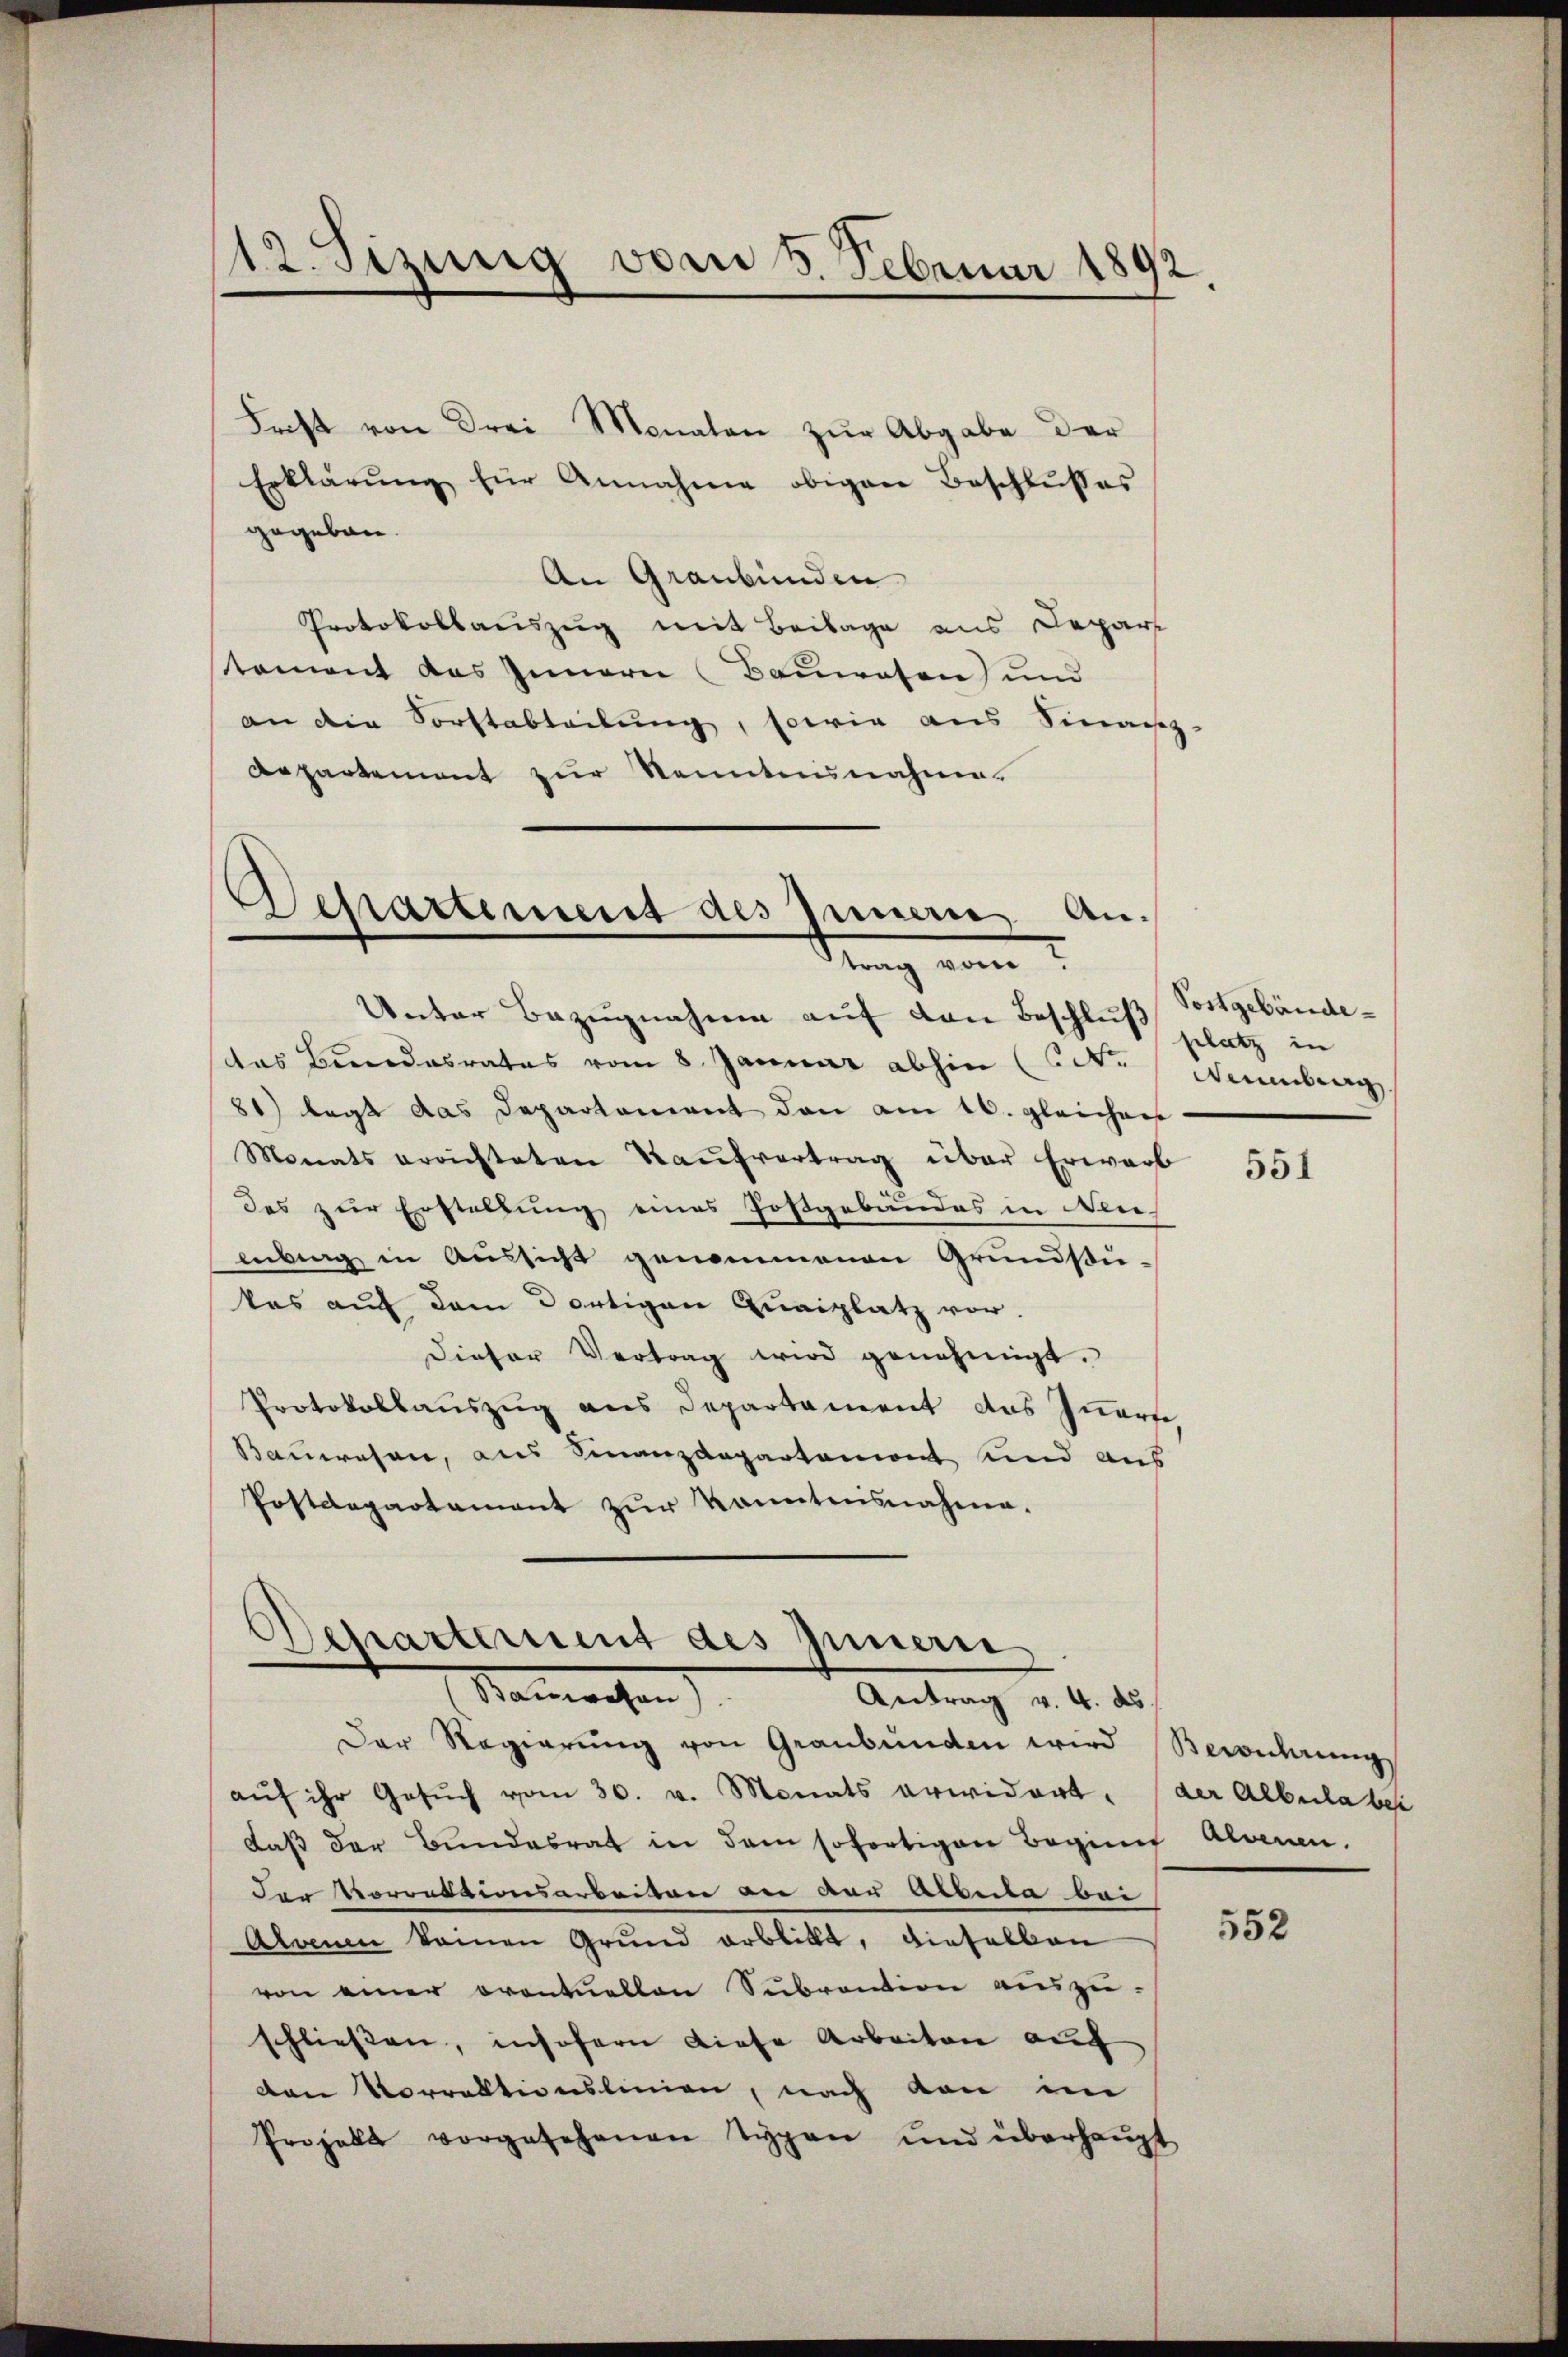
Frist von drei Monaten zur Abgabe der
Erklärŭng für Annahme obigen Beschlŭsses
gegeben.
An Graubünden
Protokollauszug mit Beilage aus Depart
tament das Innern (Bauwesen) und
an die Forstabteilung, sowie aus Sinais
Repartement zur Kenntnisnahme.

12. Sizung vom 5. Februar 1892

Departement des Innern Andrung vom
Unter Bezugnahme auf den Beschluß

Departerient des Innern,
Namachen
Antrag v. 4. ds.

das Bundesrates vom 8. Januar abhin (d. Neuenburg
81) legt das Departement den am 16. gleichers
Monats errichteten Kaŭfvertrag über Erwarb
des zur Erstellung eines Postgebäudes in Wies
enberg in Aussicht genommenen Grundsü-
kas auf dem dortigen Quaiplatz vor.
Dieser Vertrag wird genehmigt.
Protokollauszug aus Departament das Innerte,
Bauwesen, aus Finanzdepartement und aus
Postdepartament zŭr Kenntnisnahme.

Der Regierŭng von Graubünden wird Bewuhrungs
aŭf ihr Gesŭch vom 30. v. Monats erwidert. (der Albula bei
daβ der Bŭndesrat in dem sofortigen Beginnt Aloren.
der Vorrektionsarbeiten an der Albula bei
Atome keinen Grund arblickt, dieselben
von einer eventuellen Subraction auszu-
schliessen, insofern diese Arbeiten auf
den Vorraktionslinien, nach von im
Prozelt vorgesehenen Typen und überhaŭpt

Postgebäude
platz in

551

552